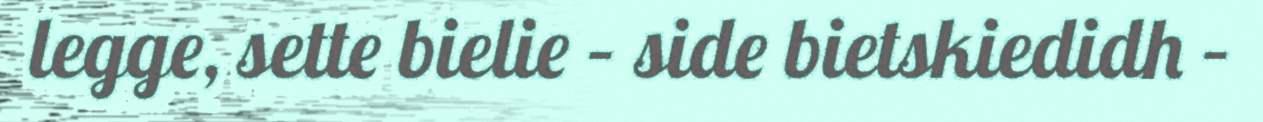
legge, sette bielie – side bietskiedidh –